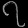
Digit: ၇